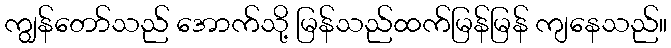
ကျွန်တော်သည် အောက်သို့ မြန်သည်ထက်မြန်မြန် ကျနေသည်။